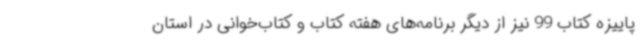
پاییزه کتاب 99 نیز از دیگر برنامه‌های هفته کتاب و کتاب‌خوانی در استان